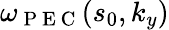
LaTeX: \omega_{\mathrm{~P~E~C~}}(s_{0},k_{y})